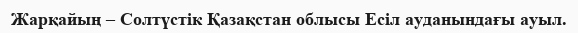
Жарқайың – Солтүстік Қазақстан облысы Есіл ауданындағы ауыл.